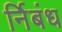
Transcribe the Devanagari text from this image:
र्निबंध